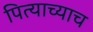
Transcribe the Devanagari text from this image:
पित्याच्याच